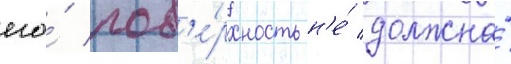
его́ пов'е́рхность н'е́ должна́